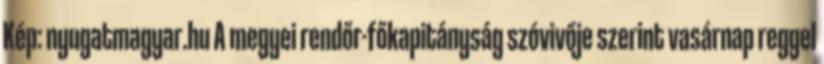
Kép: nyugatmagyar.hu A megyei rendőr-főkapitányság szóvivője szerint vasárnap reggel